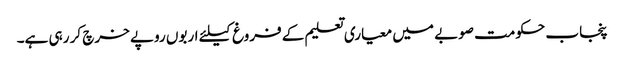
پنجاب حکومت صوبے میں معیاری تعلیم کے فروغ کیلئے اربوں روپے خرچ کر رہی ہے۔